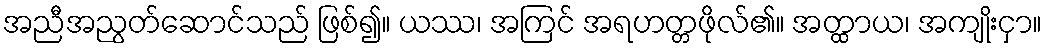
အညီအညွတ်ဆောင်သည် ဖြစ်၍။ ယဿ၊ အကြင် အရဟတ္တဖိုလ်၏။ အတ္ထာယ၊ အကျိုးငှာ။